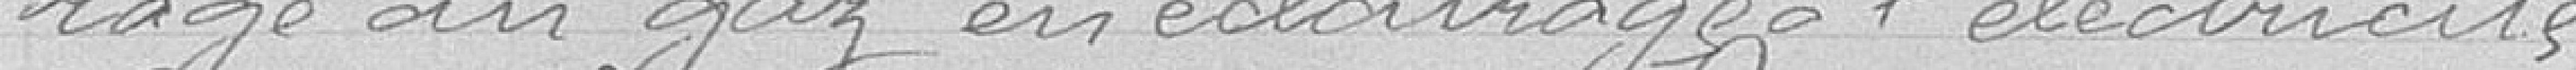
rage au gaz en éclairage à l'électricité.